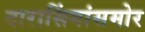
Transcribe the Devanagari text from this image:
दारासिंगांसमोर